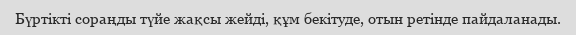
Бүртікті сораңды түйе жақсы жейді, құм бекітуде, отын ретінде пайдаланады.